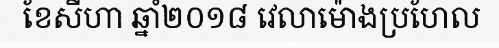
ខែសីហា ឆ្នាំ២០១៨ វេលាម៉ោងប្រហែល